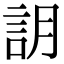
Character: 䚴